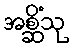
အစ္ဆိံသု